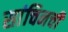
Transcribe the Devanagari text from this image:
सांचिनची